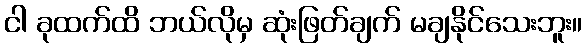
ငါ ခုထက်ထိ ဘယ်လိုမှ ဆုံးဖြတ်ချက် မချနိုင်သေးဘူး။